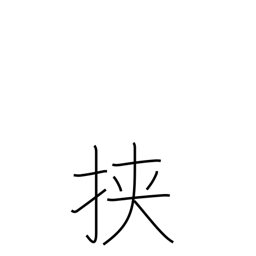
Meaning: between